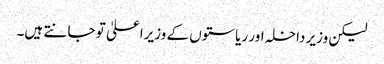
لیکن وزیر داخلہ اور ریاستوں کے وزیراعلیٰ تو جانتے ہیں۔